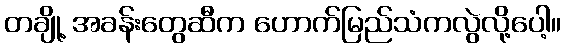
တချို့ အခန်းတွေဆီက ဟောက်မြည်သံကလွဲလို့ပေါ့။